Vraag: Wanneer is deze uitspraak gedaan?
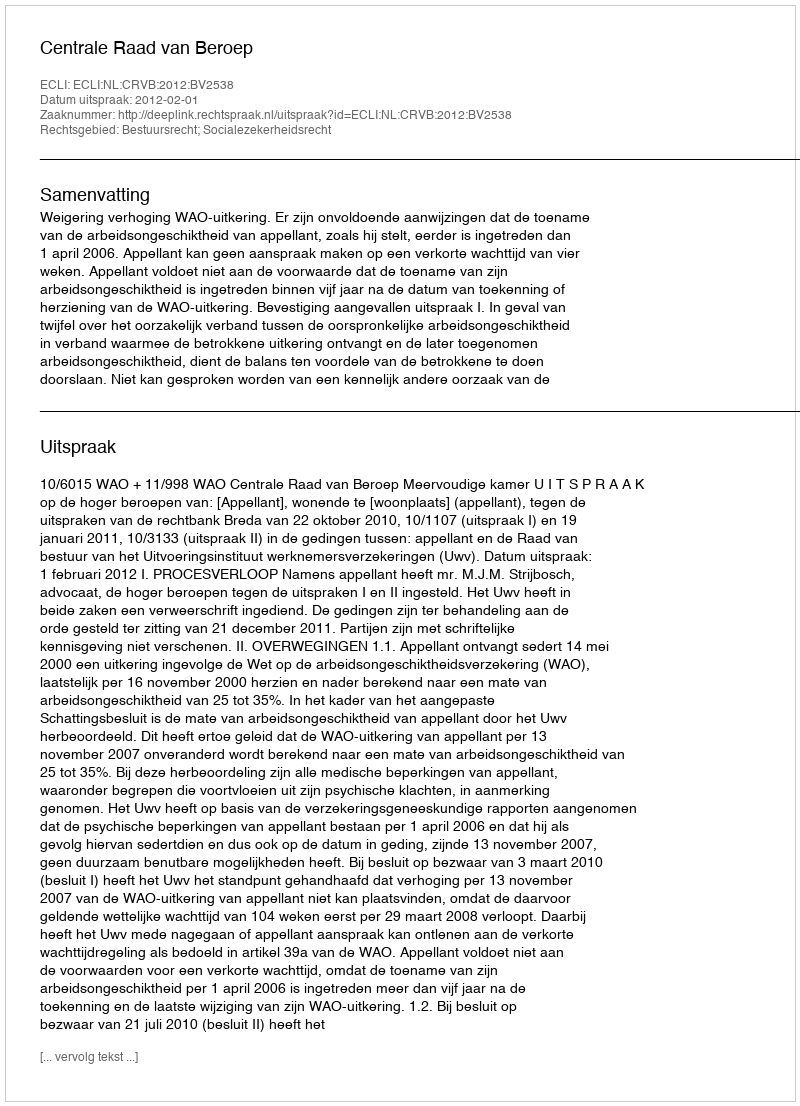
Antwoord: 2012-02-01